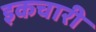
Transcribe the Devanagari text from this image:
इकचारी